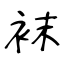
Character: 袜